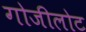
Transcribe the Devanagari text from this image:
गोजीलोट